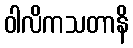
ဝါလိကသတာနိ